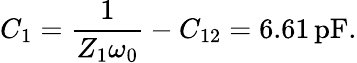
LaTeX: C_{1}=\frac{1}{Z_{1}\omega_{0}}-C_{12}=6.61\, \mathrm{pF}.